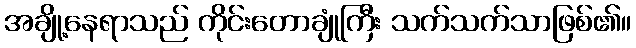
အချို့နေရာသည် ကိုင်းတောချုံကြီး သက်သက်သာဖြစ်၏။